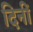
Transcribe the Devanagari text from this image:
दिनीं